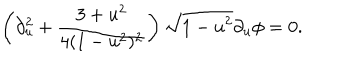
\left( \partial _ { u } ^ { 2 } + { \frac { 3 + u ^ { 2 } } { 4 ( 1 - u ^ { 2 } ) ^ { 2 } } } \right) \sqrt { 1 - u ^ { 2 } } \partial _ { u } \phi = 0 .